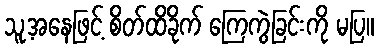
သူ့အနေဖြင့် စိတ်ထိခိုက် ကြေကွဲခြင်းကို မပြ။